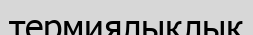
термиялықлық